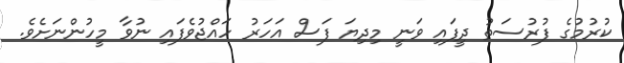
ކުރުމުގެ ފުރުސަތު ދީފައި ވަނީ މިދިޔަ ފަސް އަހަރު ހައްޖުވެފައި ނުވާ މީހުންނަށެވެ.